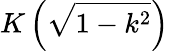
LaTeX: K\left({\sqrt{1-k^{2}}}\right)